Triennial report on the lunatic asylums in the province of Eastern Bengal and Assam - 1903-1911
Year: 1903
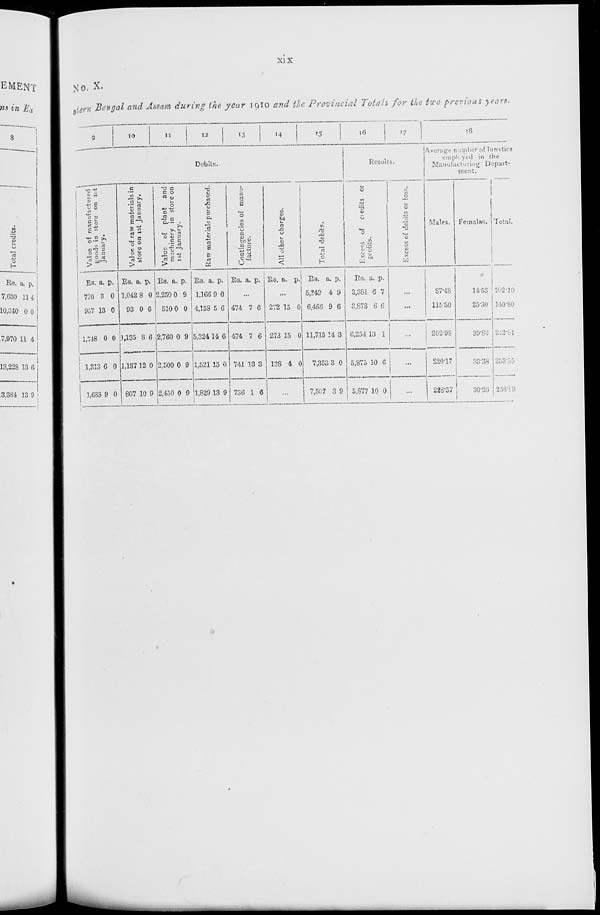
xix
No. X.
stern Bengal and Assam during the year 1910 and the Provincial Totals for the two previous years.
9
10
11
12
13
14
15
Debits.
Value of manufactured
goods in store on 1st
January.
Rs.
790
957
1,748
1,313
1,683
a.
3
13
0
6
9
p.
0
0
0
0
0
Value of raw materials in
store on 1st January.
Rs.
1,042
93
1,135
1,137
807
a.
8
0
8
12
10
p.
0
6
6
0
9
Value of plant and
machinery in store on
1st January.
Rs.
2,250
510
2,760
2,500
2,450
a.
0
0
0
0
0
p.
9
0
9
9
9
Raw materials purchased.
Rs.
1,166
4,158
5,324
1,521
1,829
a.
9
5
14
15
13
p.
0
6
6
0
9
Contingencies of manu-
facture.
Rs. a.
p.
...
474
474
741
736
7
7
13
1
6
6
3
6
All other charges.
Rs. a. p.
...
272
272
138
15
15
4
0
0
0
...
Total debits.
Rs.
5,249
6,466
11,715
7,353
7,507
a.
4
9
14
3
3
p.
9
6
3
0
9
16
17
Results.
Excess of credits or
profits.
Rs.
2,381
3,873
6,254
5,875
5,877
a.
6
6
13
10
10
p.
7
6
1
6
0
Excess of debits or loss.
...
...
...
...
...
18
Average member
of lunatics
employed in the
Manufacturing Depart-
ment.
Males.
87.48
115.50
202.98
220.17
228.57
Females.
14.53
25.30
39.83
33.38
30.26
Total.
102.10
140.80
242.81
253.55
258.83